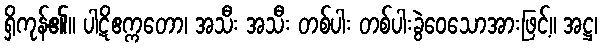
ရှိကုန်၏။ ပါဋိဧက္ကတော၊ အသီး အသီး တစ်ပါး တစ်ပါးခွဲဝေသောအားဖြင့်။ အဋ္ဌ၊